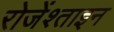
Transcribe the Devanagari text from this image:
रोजेंश्ताइन